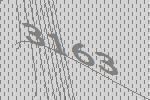
3163